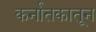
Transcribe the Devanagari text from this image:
कर्नातकातून